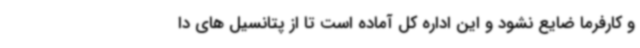
و کارفرما ضایع نشود و این اداره کل آماده است تا از پتانسیل های دا